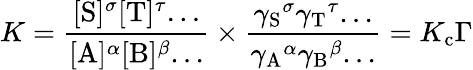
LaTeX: K={\frac{[\mathrm{S}]^{\sigma}[\mathrm{T}]^{\tau}...}{[\mathrm{A}]^{\alpha}[\mathrm{B}]^{\beta}...}}\times{\frac{{\gamma_{\mathrm{S}}}^{\sigma}{\gamma_{\mathrm{T}}}^{\tau}...}{{\gamma_{\mathrm{A}}}^{\alpha}{\gamma_{\mathrm{B}}}^{\beta}...}}=K_{\mathrm{c}}\Gamma